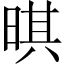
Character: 𣈒